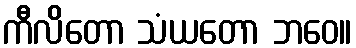
ကီလိတော သံယတော ဘဝေ။